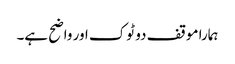
ہمارا موقف دو ٹوک اور واضح ہے۔